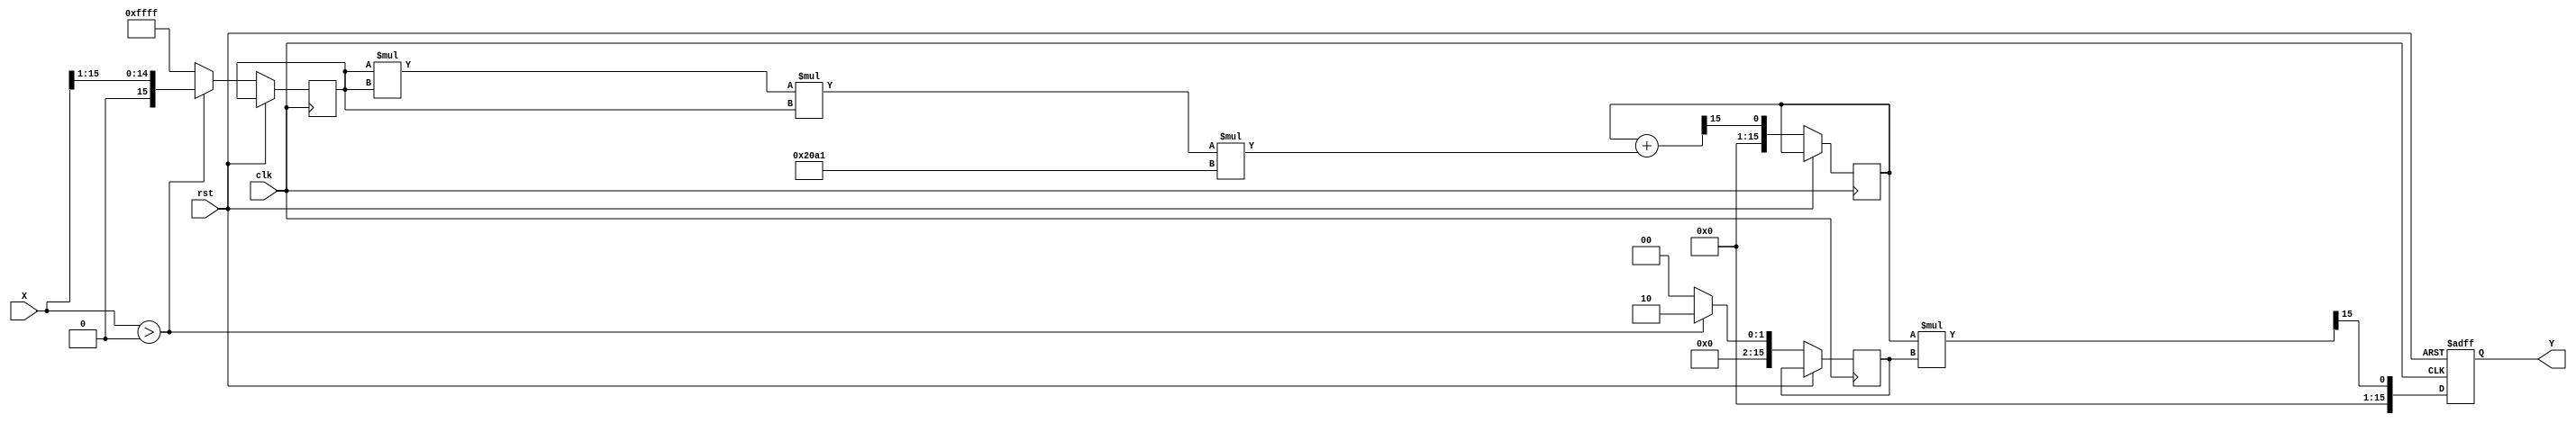
module PolynomialApproximationReciprocal (
    input wire [15:0] X,       // Input value (fixed-point)
    output reg [15:0] Y,       // Output reciprocal (fixed-point)
    input wire clk,            // Clock signal
    input wire rst             // Reset signal
);

    // Polynomial coefficients for approximation (example coefficients)
    parameter C0 = 16'h1A2B; // Coefficient for x^0
    parameter C1 = 16'h1C3D; // Coefficient for x^1
    parameter C2 = 16'h1E4F; // Coefficient for x^2
    parameter C3 = 16'h20A1; // Coefficient for x^3

    // Normalization factor (example)
    parameter NORM_FACTOR = 16'h0001; // Adjust based on normalization

    reg [15:0] normalized_x;
    reg [15:0] polynomial_result;
    reg [15:0] scaling_factor;

    // Normalization and scaling logic
    always @(posedge clk or posedge rst) begin
        if (rst) begin
            Y <= 16'h0000; // Reset output
        end else begin
            // Normalize input (example normalization)
            if (X > 16'h0000) begin
                normalized_x <= X >> 1; // Example normalization to [0.5, 1.0]
                scaling_factor <= 16'h0002; // Adjust scaling factor accordingly
            end else begin
                normalized_x <= 16'hFFFF; // Handle zero or out of range
                scaling_factor <= 16'h0000; // No scaling
            end

            // Polynomial evaluation using Horner's method
            polynomial_result <= C0 + (normalized_x * C1) >> 15; // C0 + C1*x
            polynomial_result <= polynomial_result + (normalized_x * normalized_x * C2) >> 15; // + C2*x^2
            polynomial_result <= polynomial_result + (normalized_x * normalized_x * normalized_x * C3) >> 15; // + C3*x^3

            // Scale the polynomial result
            Y <= (polynomial_result * scaling_factor) >> 15; // Adjust scaling
        end
    end

endmodule